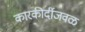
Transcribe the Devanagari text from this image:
कारकीर्दीजवळ